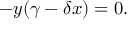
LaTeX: - y ( \gamma - \delta x ) = 0 .